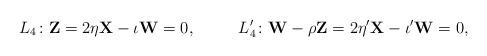
LaTeX: \begin{align*} &L_4\colon \mathbf{Z}=2 \eta \mathbf{X} - \iota \mathbf{W}=0 , &L'_4\colon \mathbf{W} - \rho \mathbf{Z}=2 \eta' \mathbf{X} - \iota' \mathbf{W}=0 ,\end{align*}